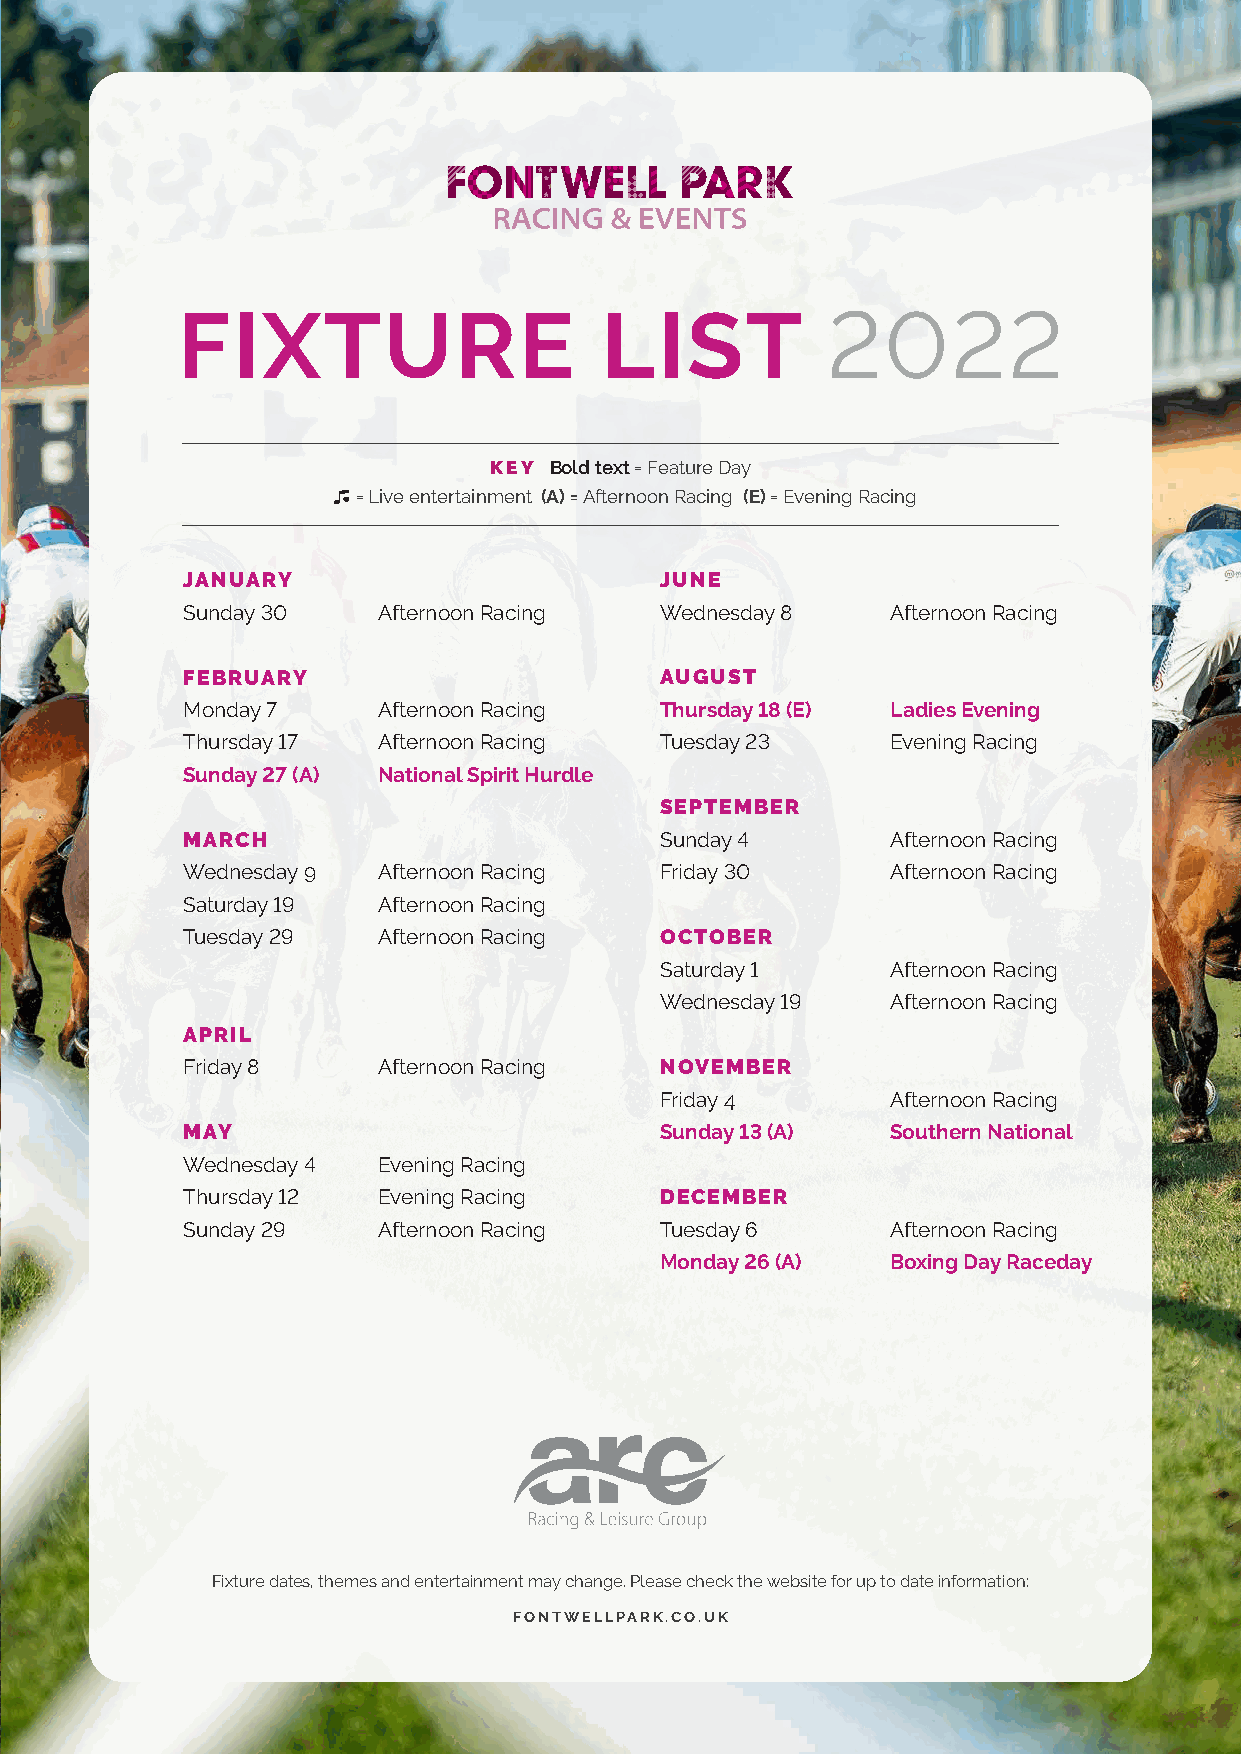
FIXTURE                     LIST           2022
 KEY Bold text = Feature Day
 = Live entertainment (A) = Afternoon Racing (E) = Evening Racing
 JANUARY                         JUNE
 Sunday 30    Afternoon Racing   Wednesday 8    Afternoon Racing
 FEBRUARY                        AUGUST
 Monday 7     Afternoon Racing   Thursday 18 (E) Ladies Evening
 Thursday 17  Afternoon Racing   Tuesday 23     Evening Racing
 Sunday 27 (A) National Spirit Hurdle
 SEPTEMBER
 MARCH                           Sunday 4       Afternoon Racing
 Wednesday 9  Afternoon Racing   Friday 30      Afternoon Racing
 Saturday 19  Afternoon Racing
 Tuesday 29   Afternoon Racing   OCTOBER
 Saturday 1     Afternoon Racing
 Wednesday 19   Afternoon Racing
 APRIL
 Friday 8     Afternoon Racing   NOVEMBER
 Friday 4       Afternoon Racing
 MAY                             Sunday 13 (A)  Southern National
 Wednesday 4  Evening Racing
 Thursday 12  Evening Racing     DECEMBER
 Sunday 29    Afternoon Racing   Tuesday 6      Afternoon Racing
 Monday 26 (A)  Boxing Day Raceday
 Fixture dates, themes and entertainment may change. Please check the website for up to date information:
 FONTWELLPARK.CO.UK